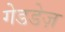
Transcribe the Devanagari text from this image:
गेडडेज़